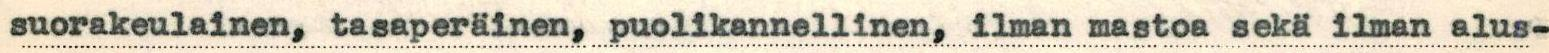
suorakeulainen, tasaperäinen, puolikannellinen, ilman mastoa sekä ilman alus-